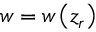
w = w \left( z _ { r } \right)